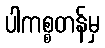
ပါကစ္စတန်မှ